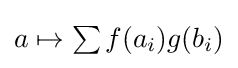
\textstyle a\mapsto \sum f(a_{i})g(b_{i})